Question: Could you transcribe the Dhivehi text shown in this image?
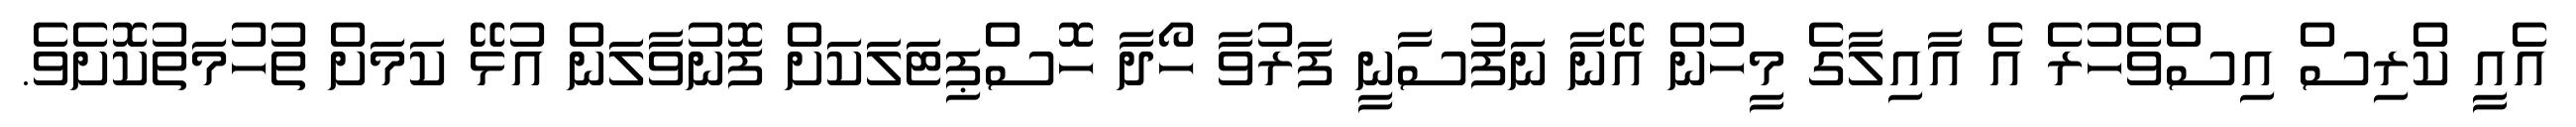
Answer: އެއީ ކްރިސް އިސްވެހުރެ އެ އާއިލާގެ މީހުން އޭނާ ނަފުސާނީ ފަރުވާ ހޯދާ ހޮސްޕިޓަލަކަށް ފޮނުވާލަން އުޅޭ ކަމަށް ތުހުމަތުކޮށެވެ.